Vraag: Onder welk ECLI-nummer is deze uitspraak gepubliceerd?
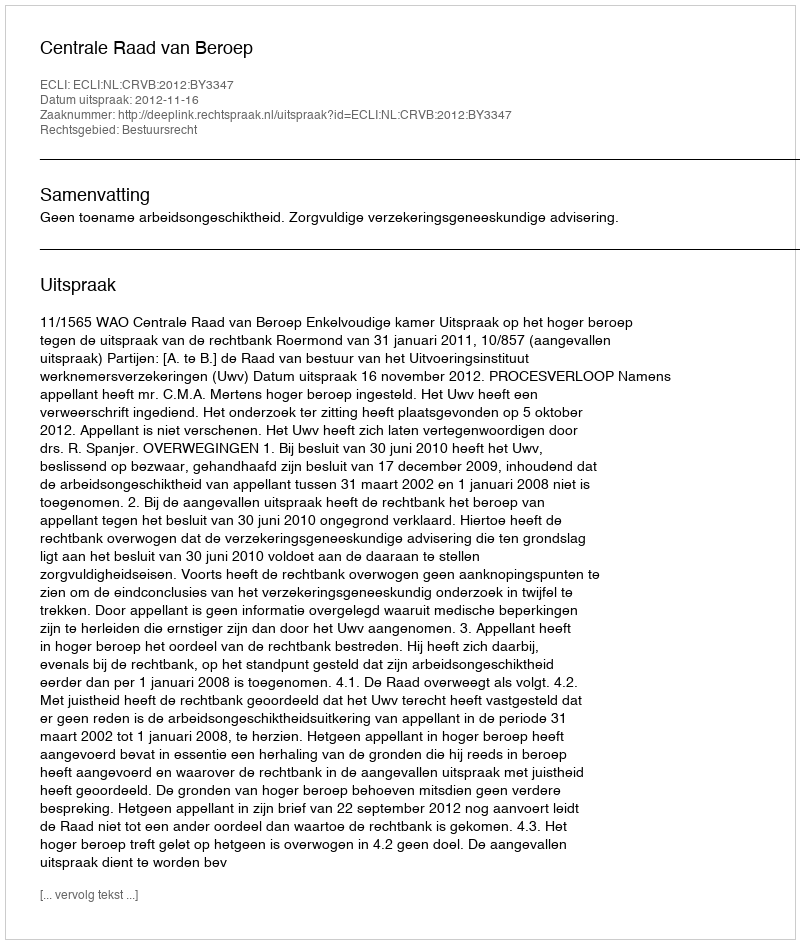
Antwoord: ECLI:NL:CRVB:2012:BY3347